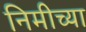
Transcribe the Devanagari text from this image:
निमीच्या